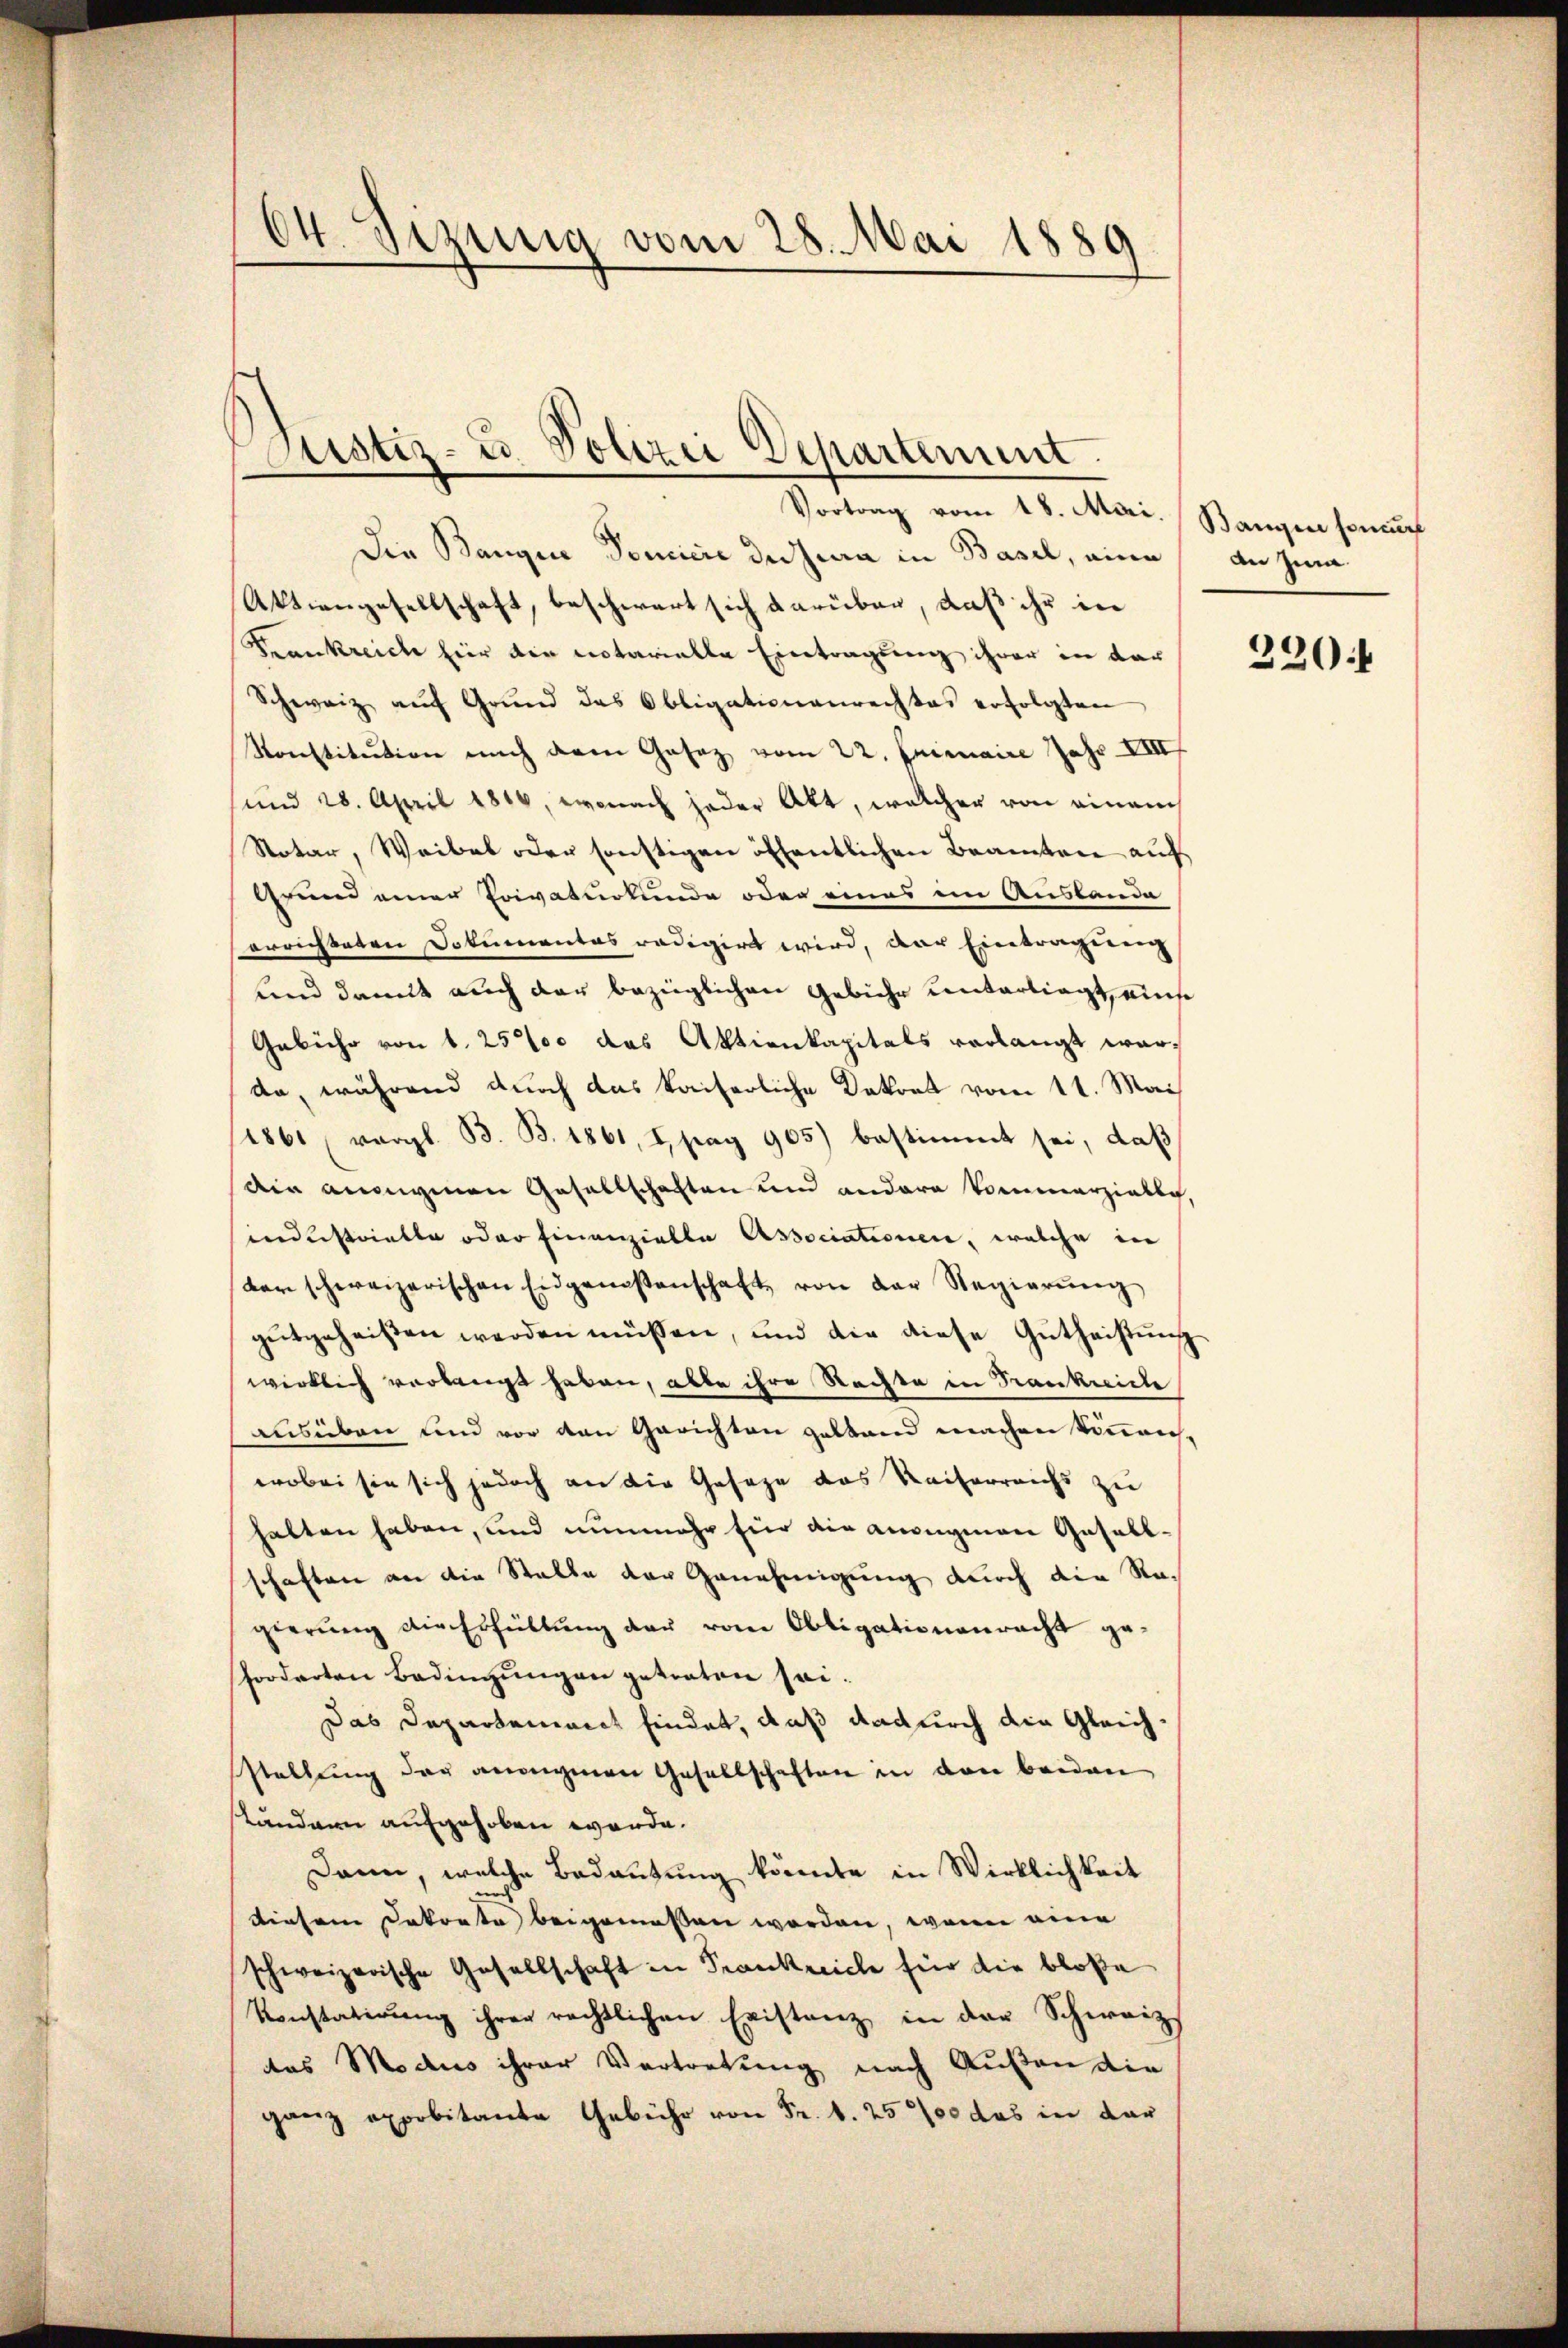
64. Sizung vom 28. Mai 1889

Justiz- u. Polizei Departement.

Vortrag vom 18. Mai. Bangen soncur
Die Bangen Domicie der Jura in Basel, eine an zuma
Aktiengesellschaft, beschwert sich darüber, daß ihr in
Frankreiche hier die notarielle Eintragung ihrer in dar
Schweiz aŭf Grund das Obligationenrechtes erfolgten
Konstitution nach dem Gasaz vom 22. Juniaire Jahr XVIII
und 28. April 1816, wonach jeder Akt, welcher von einem
Notar, Weibel oder sonstigen öffentlichen Beamten auf
Grund einer Privaturkunde oder eines im Auslanda
errichteten Dokumentas radigirt wird, der Eintragung
und damit auch der bezüglichen Gebühr unterliegt, einse
Gebühr von 1. 250 das Aktienkapitals verlangt war-
da, während durch das kaiserliche Dekret vom 11. Mai
1861 vergl. B. B. 1861, I, pag 905) bestimmt sei, daß
die anonymen Gesellschaften und andere kommerzielle
sind erstrielle oder Finanzielle Associationen, welche in
der schweizerischen Eidgenossenschaft von der Regierŭng
gutgeheißen werden müssen, und die diese Guthachtŭng
wirklich verlangt haben, alle ihre Rechte in Trankreiche
ausüben und vor den Gerichten gestand machen könnens-
wobei sie sich jedoch an die Gesage das Kaiserreichs zu
halten haben, und nunmehr für die anongman Gesellschaften an die Stelle der Genehmigung durch die Ra-
gierung die Erfüllung der vom Obligationenracht geforderten Bedingŭngen getreten sei.
Das Departement findet, daß dadurch die Gleichstellung der anangenen Gesellschaften in den beiden
ständern aufgehoben werde.
Dann, welche Bedeutung könnte in Wirklichkeit
diesem Dekorte beigemessen worden, wenn eine
schweizerische Gesellschaft in Frankreiche für die bloße
Konstatirung ihrer rechtlichen Existanz in der Schweiz
des Modus ihrer Vertretung nach Außen die
ganz exprbitante Gebühr von Fr. 1. 257 das in dar

320.